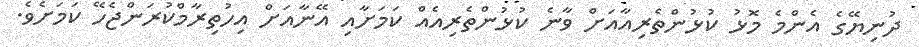
ދުނިޔޭގެ އެންމެ މޮޅު ކުޅުންތެރިއާއަށް ވާނެ ކުޅުންތެރިއެއް ކަމަށާއި އޭނާއަށް އިހުތިރާމްކުރަންޖެހޭ ކަމަށެވެ.